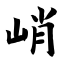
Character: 峭